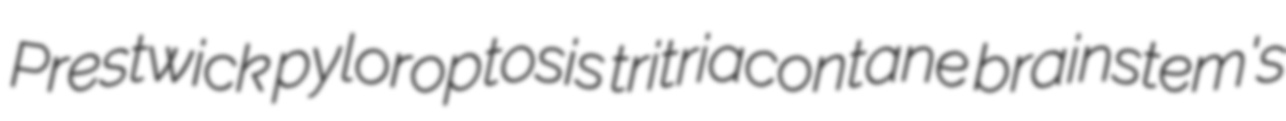
Prestwick pyloroptosis tritriacontane brainstem's